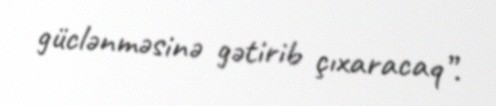
güclənməsinə gətirib çıxaracaq”.